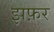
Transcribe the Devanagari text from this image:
झफ़र